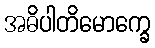
အဓိပါတိမောက္ခေ